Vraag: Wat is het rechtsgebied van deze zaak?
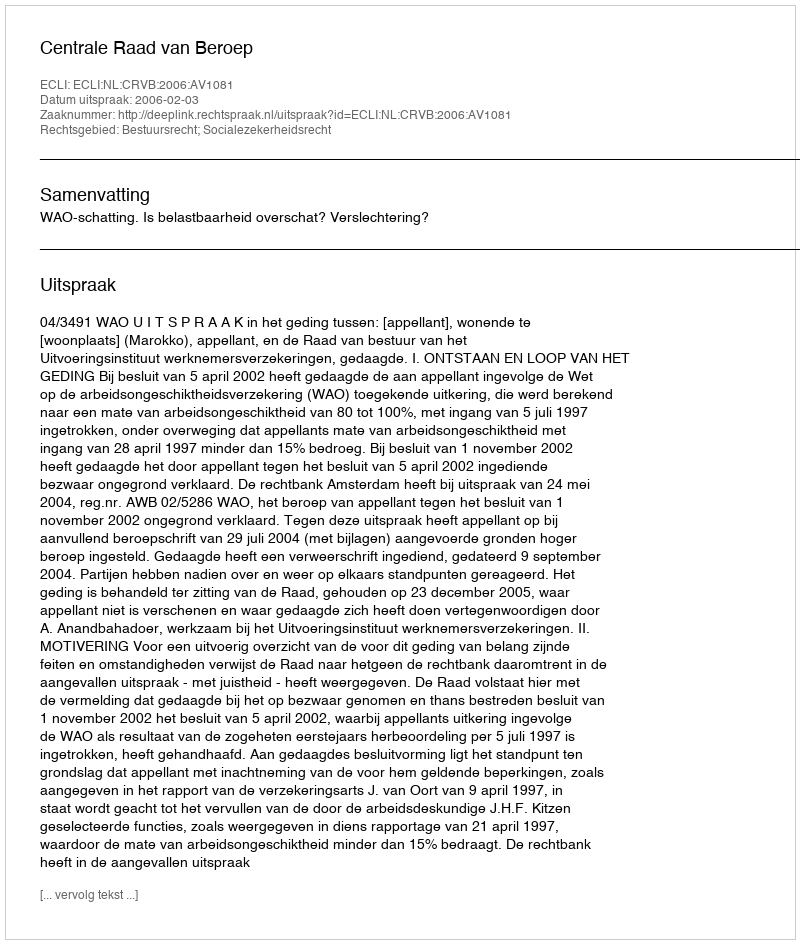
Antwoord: Bestuursrecht; Socialezekerheidsrecht